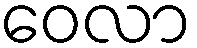
ဝေလာ